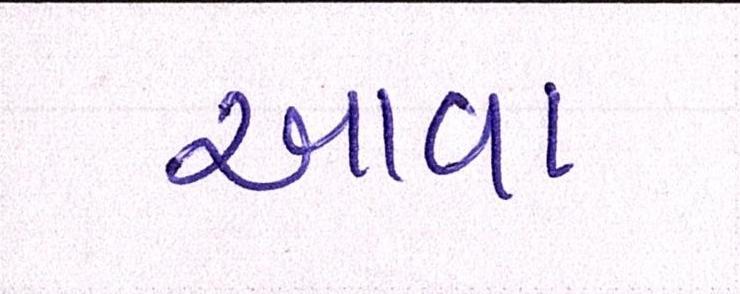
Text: આવા